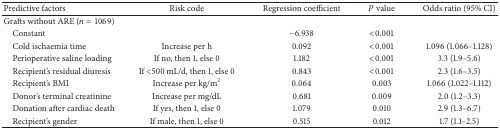
<table><thead><tr><td><b>Predictive factors</b></td><td><b>Risk code </b></td><td><b>Regression coefficient</b></td><td><b><i>P</i> value</b></td><td><b>Odds ratio (95% CI)</b></td></tr></thead><tbody><tr><td>Grafts without ARE (<i>n</i> = 1069)</td><td> </td><td> </td><td> </td><td> </td></tr><tr><td> Constant</td><td> </td><td>−6.938</td><td>&lt;0.001</td><td> </td></tr><tr><td> Cold ischaemia time </td><td>Increase per h</td><td>0.092</td><td>&lt;0.001</td><td>1.096 (1.066–1.128)</td></tr><tr><td> Perioperative saline loading</td><td>If no, then 1, else 0</td><td>1.182</td><td>&lt;0.001</td><td>3.3 (1.9–5.6)</td></tr><tr><td> Recipient&#x27;s residual diuresis</td><td>If &lt;500 mL/d, then 1, else 0</td><td>0.843</td><td>&lt;0.001</td><td>2.3 (1.6–3.5)</td></tr><tr><td> Recipient&#x27;s BMI</td><td>Increase per kg/m<sup>2</sup></td><td>0.064</td><td>0.003</td><td>1.066 (1.022–1.112)</td></tr><tr><td> Donor&#x27;s terminal creatinine</td><td>Increase per mg/dL</td><td>0.681</td><td>0.009</td><td>2.0 (1.2–3.3)</td></tr><tr><td> Donation after cardiac death</td><td>If yes, then 1, else 0</td><td>1.079</td><td>0.010</td><td>2.9 (1.3–6.7)</td></tr><tr><td> Recipient&#x27;s gender</td><td>If male, then 1, else 0</td><td>0.515</td><td>0.012</td><td>1.7 (1.1–2.5)</td></tr></tbody></table>